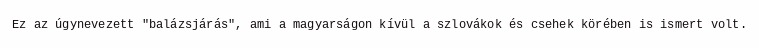
Ez az úgynevezett "balázsjárás", ami a magyarságon kívül a szlovákok és csehek körében is ismert volt.